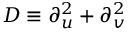
D \equiv \partial _ { u } ^ { 2 } + \partial _ { v } ^ { 2 }